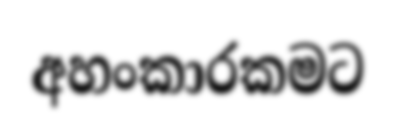
අහංකාරකමට